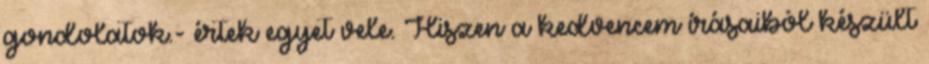
gondolatok.- értek egyet vele. Hiszen a kedvencem írásaiból készült